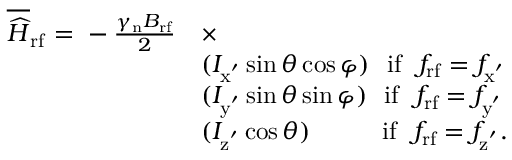
\begin{array} { r l } { \overline { { \widehat { H } } } _ { \mathrm { r f } } ~ { = } ~ - \frac { \gamma _ { \mathrm { n } } B _ { \mathrm { r f } } } { 2 } } & { \times } \\ & { ( I _ { \mathrm { x ^ { ' } } } \sin { \theta } \cos { \varphi } ) ~ ~ \mathrm { i f } ~ ~ f _ { \mathrm { r f } } = f _ { \mathrm { x ^ { ' } } } } \\ & { ( I _ { \mathrm { y ^ { ' } } } \sin { \theta } \sin { \varphi } ) ~ ~ \mathrm { i f } ~ ~ f _ { \mathrm { r f } } = f _ { \mathrm { y ^ { ' } } } } \\ & { ( I _ { \mathrm { z ^ { ' } } } \cos { \theta } ) ~ ~ ~ ~ ~ ~ ~ ~ \, \mathrm { i f } ~ ~ f _ { \mathrm { r f } } = f _ { \mathrm { z ^ { ' } } } . } \end{array}